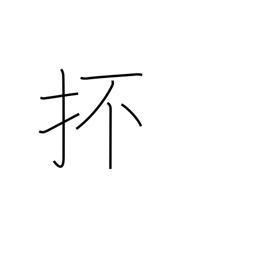
Meaning: and so forth